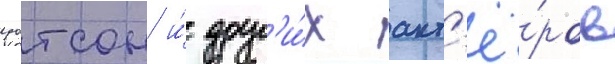
уотсон и́ друг'и́х акт'ё́ров